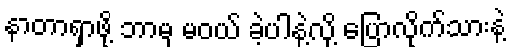
နာတာရှာဖို့ ဘာမှ မဝယ် ခဲ့ပါနဲ့လို့ ပြောလိုက်သားနဲ့